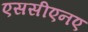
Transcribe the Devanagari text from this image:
एससीएनए